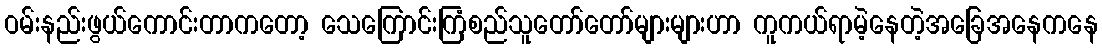
ဝမ်းနည်းဖွယ်ကောင်းတာကတော့ သေကြောင်းကြံစည်သူတော်တော်များများဟာ ကူကယ်ရာမဲ့နေတဲ့အခြေအနေကနေ